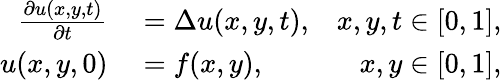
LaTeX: \begin{array}{rlr}{\frac{\partial u(x,y,t)}{\partial t}}&{{}=\Delta u(x,y,t),}&{x,y,t\in[0,1],}\\ {u(x,y,0)}&{{}=f(x,y),}&{x,y\in[0,1],}\end{array}